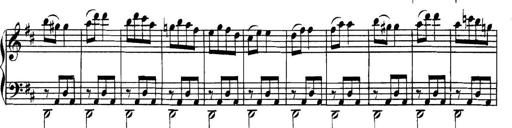
Title: Collected Piano Sonatas
Composer: Muzio Clementi